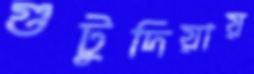
গুটুদিয়ায়